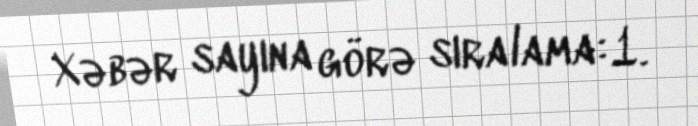
Xəbər sayına görə sıralama:1.